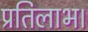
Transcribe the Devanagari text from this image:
प्रतिलाभ।